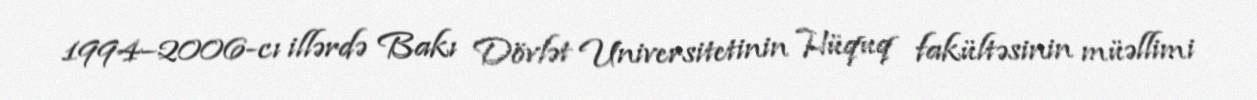
1994–2006-cı illərdə Bakı Dövlət Universitetinin Hüquq fakültəsinin müəllimi